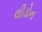
લીડોન